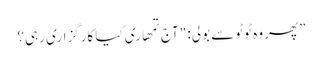
” پھر وہ ٹوٹو سے بولی: "آج تمھاری کیا کارگزاری رہی؟